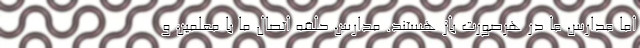
اما مدارس ما در هرصورت باز هستند. مدارس حلقه اتصال ما با معلمین و